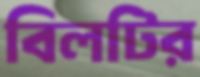
বিলটির